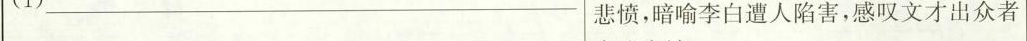
___ 悲愤，暗喻李白遭人陷害，感叹文才出众者